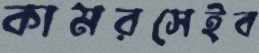
কামরসেইব